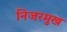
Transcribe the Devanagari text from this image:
निजरमुख